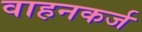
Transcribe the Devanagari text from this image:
वाहनकर्ज